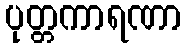
ပုတ္တကာရဏာ